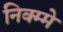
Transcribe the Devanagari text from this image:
निक्म्मे